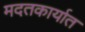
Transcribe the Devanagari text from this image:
मदतकार्यात